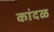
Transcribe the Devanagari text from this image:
कांदळ